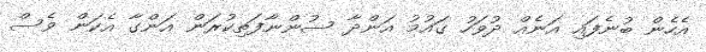
އެހެން ބުނެފައި އަނެއް ދުވަހު ގައުމު އަންދާ ސުންނާފަތިކުރަން އަންގާ އެކަން ވެސް